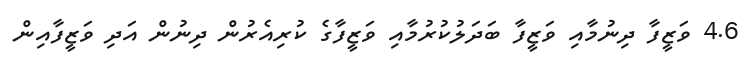
4.6 ވަޒީފާ ދިނުމާއި ވަޒީފާ ބަދަލުކުރުމާއި ވަޒީފާގެ ކުރިއެރުން ދިނުން އަދި ވަޒީފާއިން